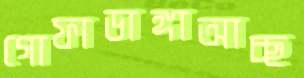
গোফাডাঙ্গাআচ্ছ